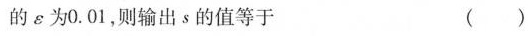
的ε为0.01，则输出s的值等于 ( )